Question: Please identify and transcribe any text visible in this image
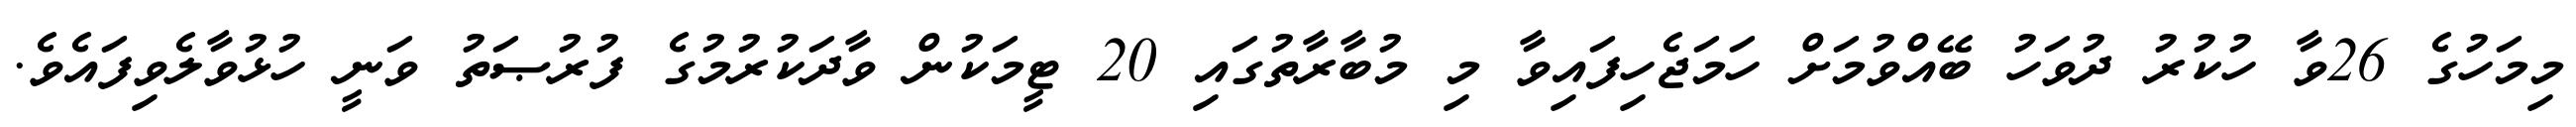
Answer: މިމަހުގެ 26ވާ ހުކުރު ދުވަހު ބޭއްވުމަށް ހަމަޖެހިފައިވާ މި މުބާރާތުގައި 20 ޓީމަކުން ވާދަކުރުމުގެ ފުރުޞަތު ވަނީ ހުޅުވާލެވިފައެވެ.